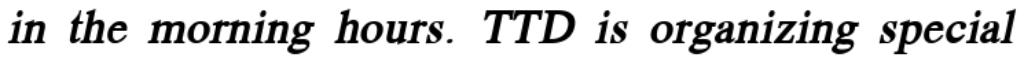
in the morning hours. TTD is organizing special